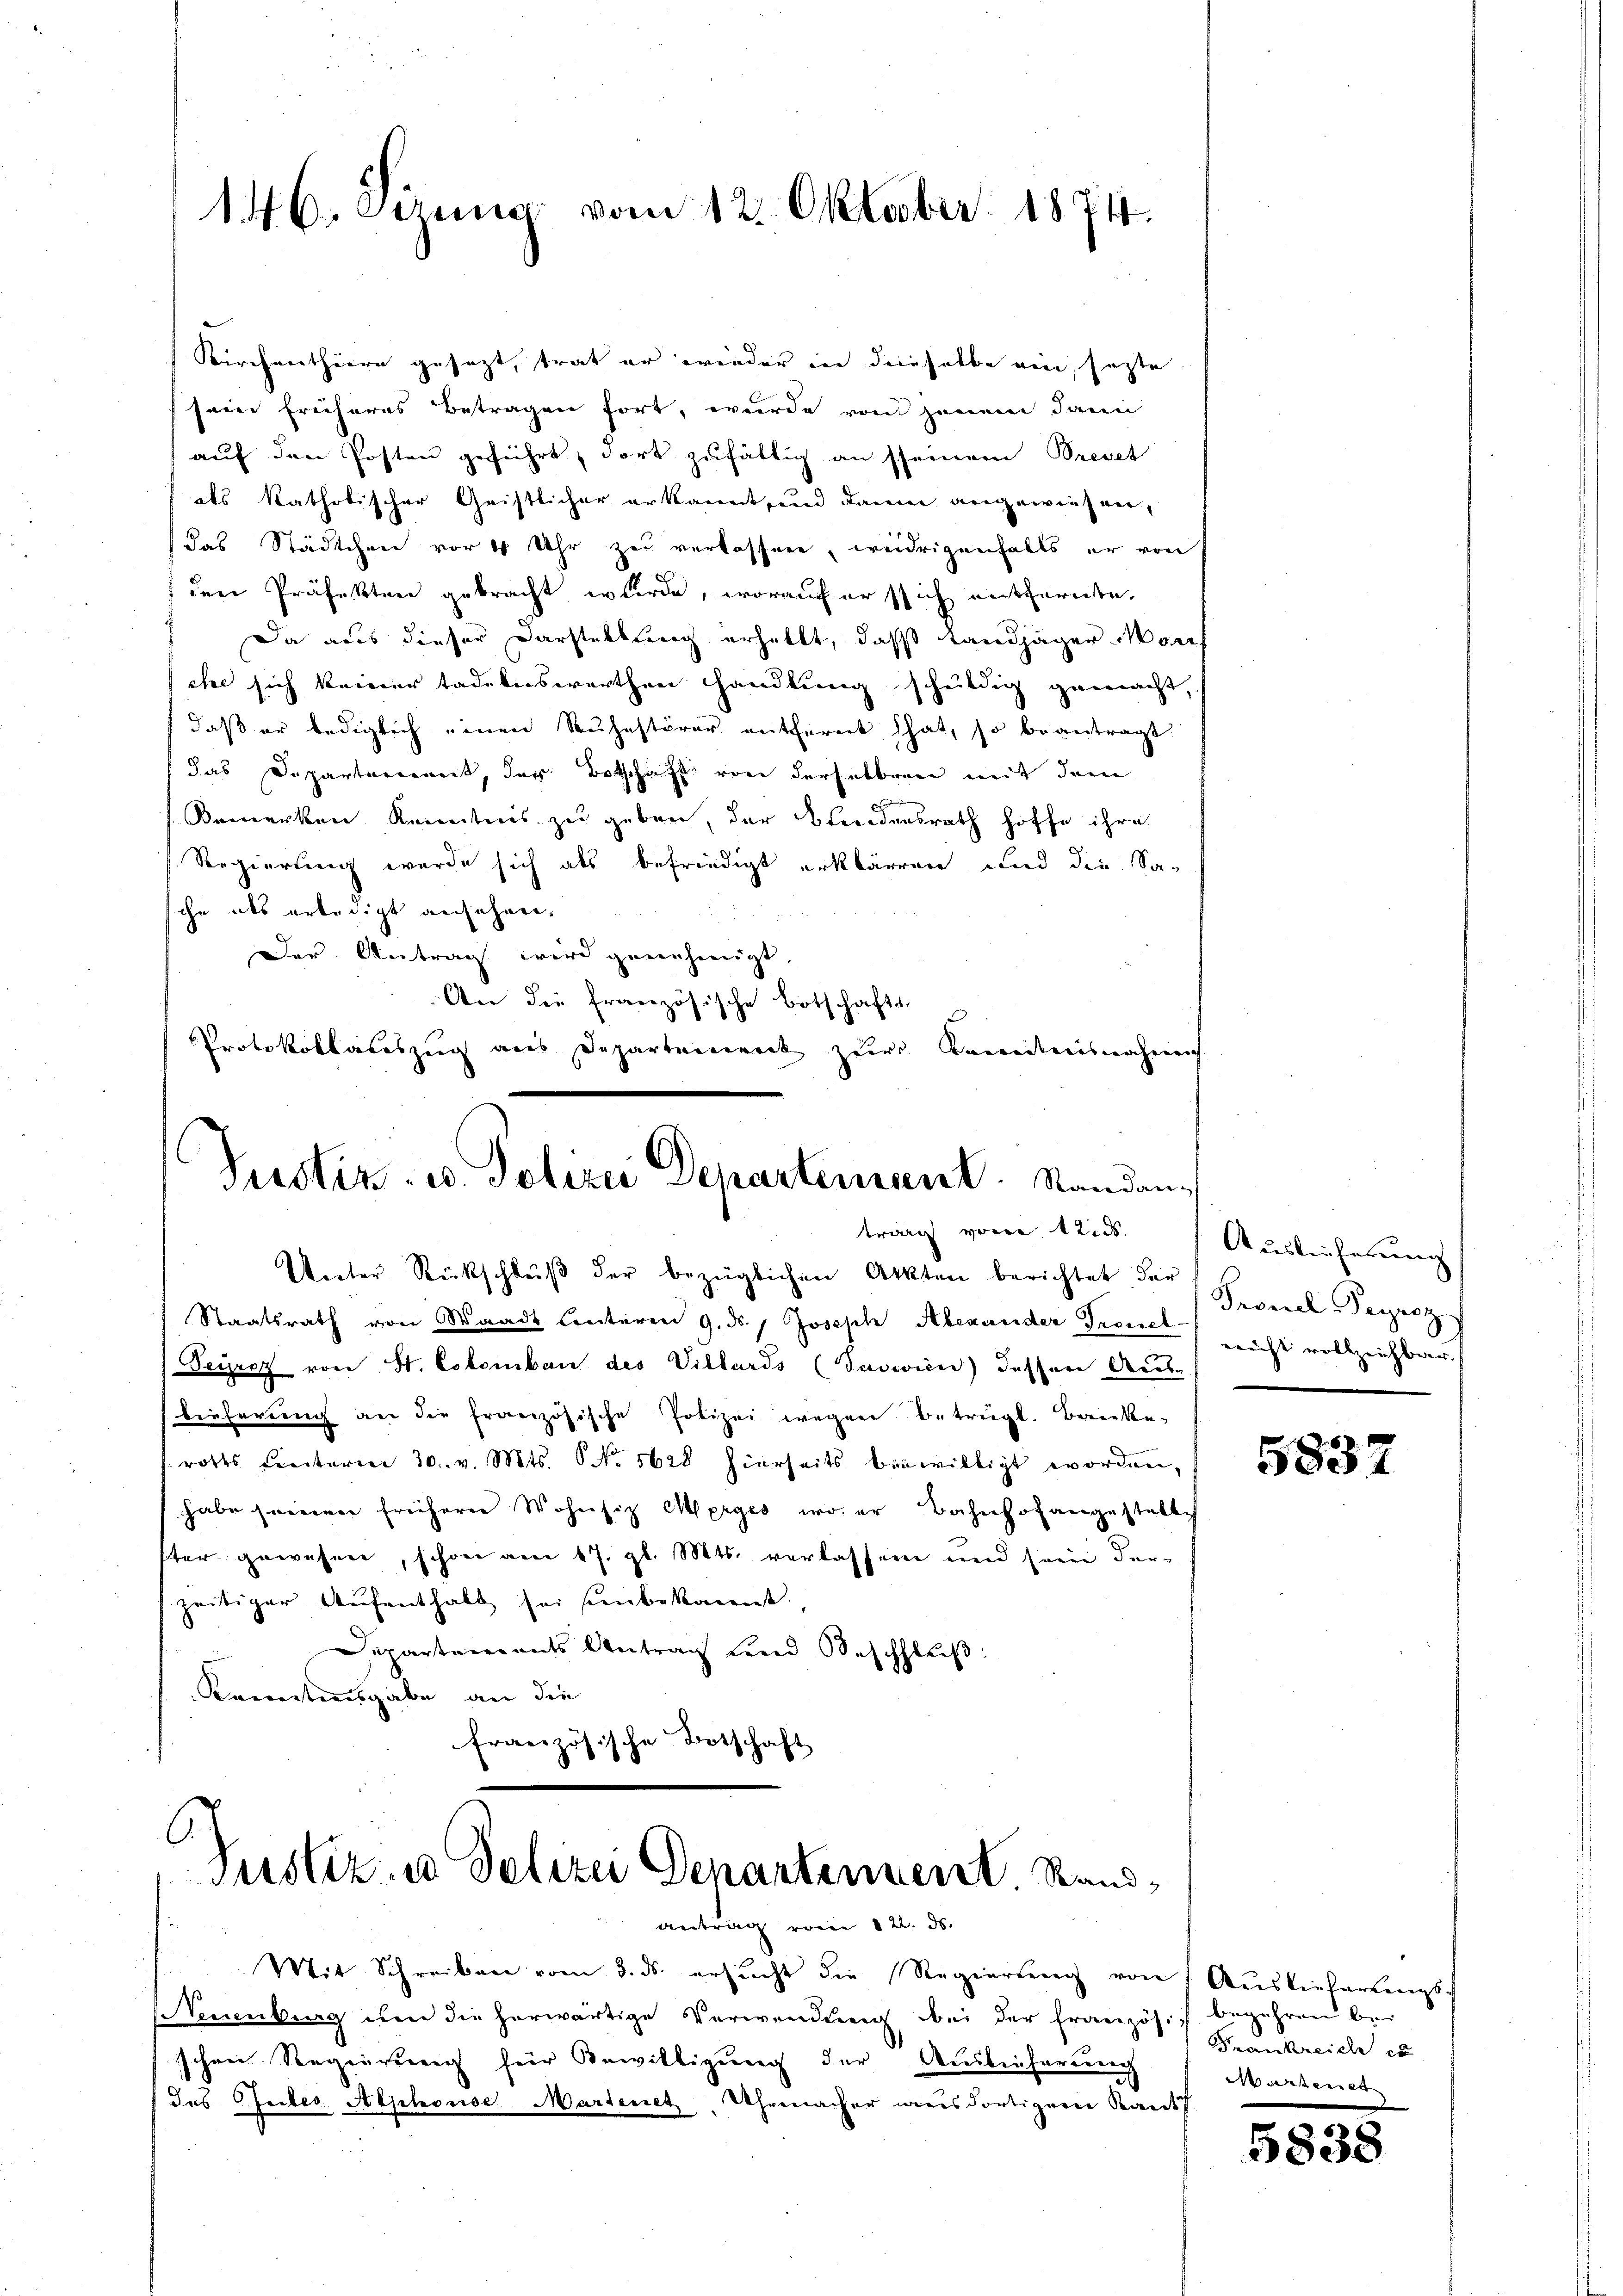
146. Serena vom 12. Oktober 1874.

Kirchenthüre gesezt, trat er wieder in dieselbe ein, sagte
seine früheres Betragen fort, wurde von jenem dann
auf den Posten geführt, dort zufällig an seinem Preset
als katholischer Geistlicher erkannt und darin angewiesen,
das Städtchen vor 4 Uhr zu verlassen, weidrigenfalls er von
den Präfekten gebracht wurde, worauf er sich entfernte.
Da aus dieser Darstellung erhellt, das Landjäger Manif
che sich keiner tadelnswerthen Handlung schuldig gemacht,
daß er lediglich einen Ruhestörer entfernt hat, so beantragt
das Departenannt, das Botschaft von derselben mit dem
d
Bemerken Kenntnis zu geben, der Elendensrath hoffe ihre
Regierung werde sich als befriedigt erklären, und die Sasche als erledigt anfahren,
Der Antrag wird genehmigt.
An die französische Botschafts
Protokollariszug aus Departement zur Kenntnisnahme

Justiz- u. Polizei Departement. Standan
trag von 12 d

Unter Rückschlŭβ der bezüglichen Akten berichtet der
Staatsrath von Waadt hinteren 9. ds., Joseph Alexander Trouel nicht vollzeichtweis
Seyrez von St. Colomban des Villards (Juswien) dessen Aus-
bieferung an die französische Polizei wegen betrügt. Banke-
rotes Centarie 30. v. Mts. No 5628 hierseits bewilligt worden,
habe seinen frühern Wohnsitz Morges, wo er Bahnhofangestalte
ster gewesen, schon am 17. gl. Mts. verlassen und sein der-
zeitiger Aufenthalt sei einbekannt,
Departements Antrag und Beschluß:
Krentensgabe an die
französische Botschaft

Justiz- u Polizei Denartement Randntrag vom 122. ds.

Mit Schreiben vom 3. ds. ersucht die Regierung von Auslieferungs-
Veuenburg um die herwärtige Verwendung, bei der französi begehren bei
schen Regierung für Bewilligung der Auslieferung
des Gutes Alphouse Martenet, Uhrmacher wies dortigeren Kant

Auslieferung
Pronel Pegroz

5837

Frankreiche er
atent

5838